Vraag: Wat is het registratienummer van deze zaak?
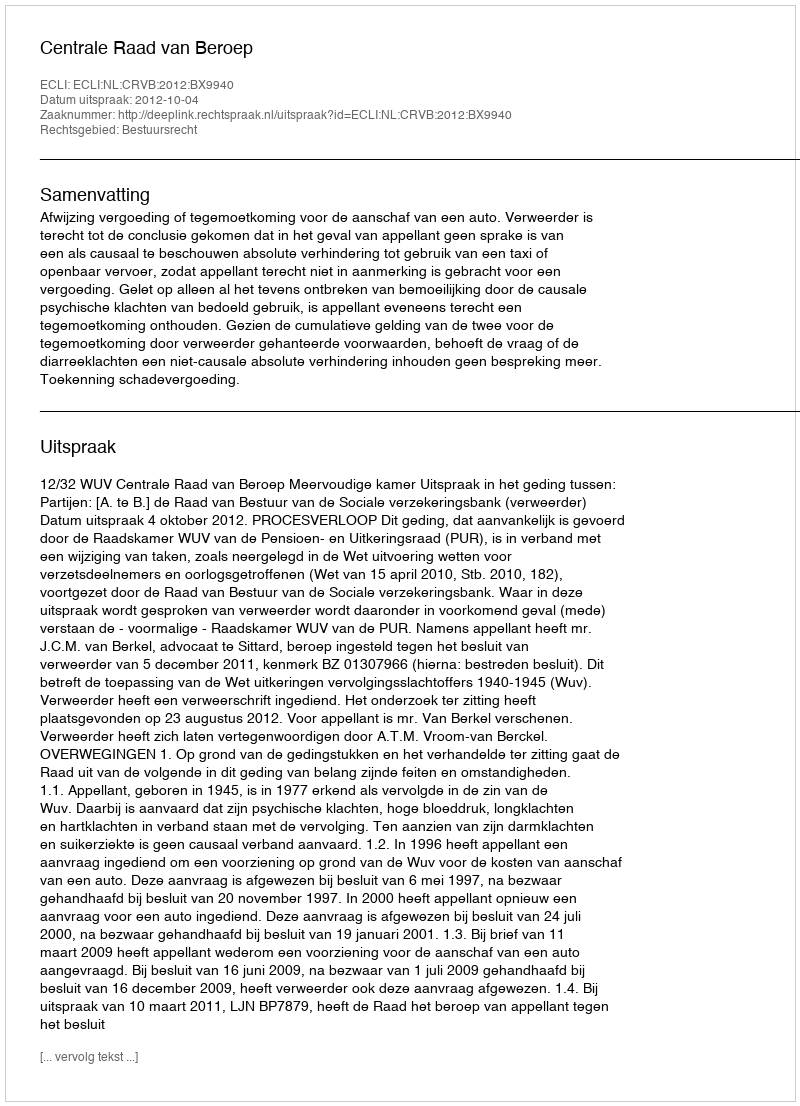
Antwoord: http://deeplink.rechtspraak.nl/uitspraak?id=ECLI:NL:CRVB:2012:BX9940